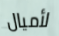
لأميال